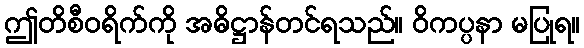
ဤတိစီဝရိက်ကို အဓိဋ္ဌာန်တင်ရသည်။ ဝိကပ္ပနာ မပြုရ။